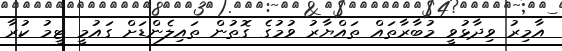
އާމިރު ވިދާޅުވީ މުބާރާތައް ތައްޔާރު ވުމުގެ ގޮތުން ތައިލެންޑަށް ގައުމީ ޓީމު ކުރާ